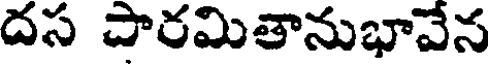
దస పారమితానుభావేన